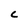
Character: C